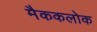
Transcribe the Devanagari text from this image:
मैककलोक